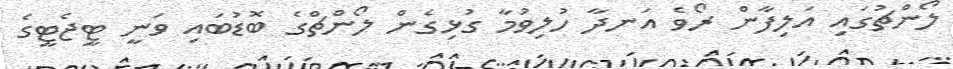
ލޯންޗުގައި އަލިފާން ރޯވެ އަނދާ ހުލިވުމާ ގުޅިގެން ލޯންޗްގެ ބޮޑުބައި ވަނީ ޓީޖެޓީގެ